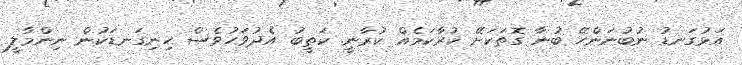
އަޅުގަނޑު ނުބުނަންހޭ ބުނާ ގޮތަކަށޭ ކުރާކަމެއް ކުރާނީ. ކަތީބު އެދުވަހުވެސް ހިނިގަނޑަކުން ނިންމާލީ